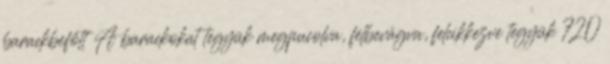
barackbefőtt A barackokat tegyük megpucolva, félbevágva, felcikkezve tegyük 720